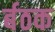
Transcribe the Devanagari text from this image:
र्बठक